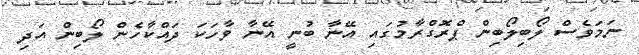
ނަމަވެސް ލޯބިލޯބިން ޕްރޮގްރާމުގައި އޭނާ ބުނީ އޭނާ ވާހަކަ ދައްކާހެން ލޯބިން އަދި